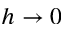
h \rightarrow 0